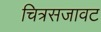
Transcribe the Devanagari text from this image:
चित्रसजावट